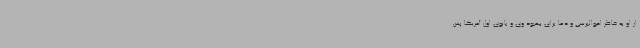
از او به خاطر احوالپرسی و دعا برای بهبود وی و بانوی اول آمریکا پس